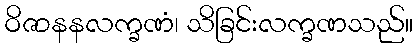
ဝိဇာနနလက္ခဏံ၊ သိခြင်းလက္ခဏသည်။